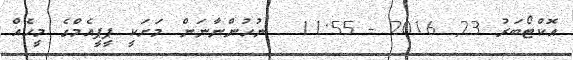
އޮކްޓޯބަރު 23